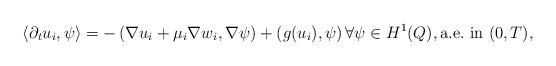
LaTeX: \begin{align*}\left\langle \partial_{t}u_{i},\psi\right\rangle =-\left( \nabla u_{i}+\mu_{i}\nabla w_{i},\nabla\psi\right) +\left( g(u_{i}),\psi\right) \text{}\forall\psi\in H^{1}(Q), \hbox{a.e.~in }(0,T), \end{align*}